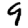
Digit: 9